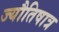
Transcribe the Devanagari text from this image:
ज्यौतिषात्र